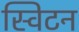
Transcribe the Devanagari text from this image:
स्विटन